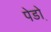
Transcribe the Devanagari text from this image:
पेडो़